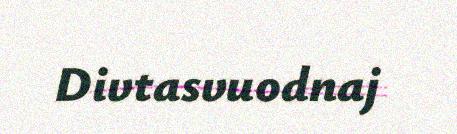
Divtasvuodnaj